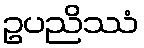
ဥပညိဿံ